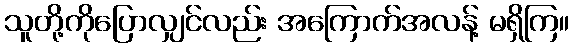
သူတို့ကိုပြောလျှင်လည်း အကြောက်အလန့် မရှိကြ။